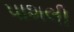
પાશલી